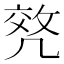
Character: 𠙟